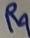
Text: R4